system: You are a helpful assistant.
user:
Analyze the provided spectrum to determine if it is a **Carbon Star (C-type)**.

- **Key Visual Indicators of Carbon Star:**
    - **(Primary):** Strong molecular absorption from **C₂ (diatomic carbon) "Swan Bands."** This is the **defining feature** of a carbon star.
        - **(Key Bandheads):** Sharp absorption edges are visible at approximately $5635$ Å, $5165$ Å (the strongest band), and $4737$ Å.
        - **(Line Profile):** Creates a distinct **"saw-tooth"** pattern. The key morphology is a sharp, steep bandhead on the **red (long-wavelength) side**, which then gradually tapers off (i.e., flux recovers) towards the **blue (short-wavelength) side**. *(This is the direct opposite of the TiO bands seen in M-type stars)*.

    - **(Secondary):** Intense **CN (cyanogen)** molecular absorption bands.
        - **(Key Bandheads):** Located in the blue and violet regions of the spectrum (e.g., near $4215$ Å and $3883$ Å).
        - **(Morphology):** These bands are extremely broad and act as a "blanket," absorbing the vast majority of blue and violet light. This creates a characteristic **"cliff"** or **"steep drop-off"** in the spectrum's flux at short wavelengths.

    - **(Key Confirmation):** Strong **CH absorption band (G-band)**.
        - **(Key Bandhead):** Located around $4300$ Å. The contribution from CH molecules to this band is exceptionally strong.

    - **(Overall Spectrum):**
        - The continuum is severely "chopped up" by these deep molecular bands, especially C₂, rather than appearing as a smooth curve.
        - Due to the heavy CN and C₂ absorption in the blue-green, the vast majority of the star's flux is concentrated in the red part of the spectrum, giving the star its characteristic deep red color.

Think first, call **spectral_visualization_tool** if needed to examine features in detail, then provide your final answer. Your response must adhere to the following strict rules:
1.  **Overall Structure:** Your response must follow the format `<think>...</think> <tool_call>...</tool_call> (if a tool is used) <answer>...</answer>`.
2.  **Tool Usage Constraint:** You may only make **one** tool call per turn.
3.  **Final Answer Format:** In the `<answer>` tag, your conclusion must be inside a `\boxed{}` command (e.g., `\boxed{YES}`), followed by your justification.

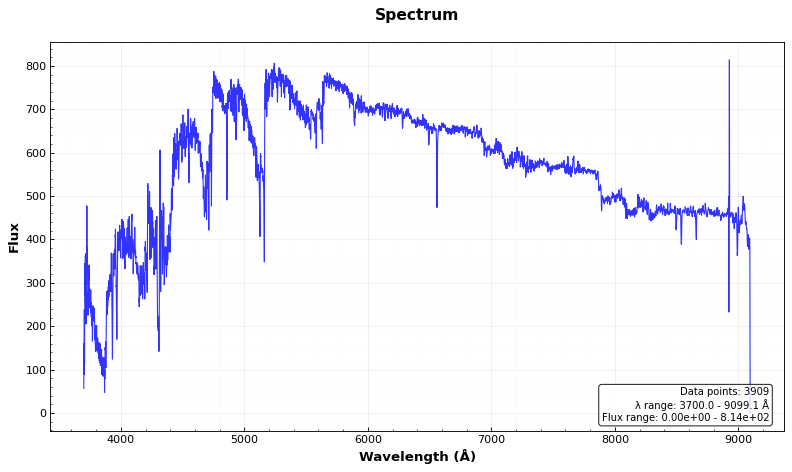
Answer: YES